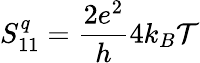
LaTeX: S_{11}^{q}=\frac{2e^{2}}{h}4k_{B}\mathcal{T}